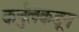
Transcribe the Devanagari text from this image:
कर्नुलकडून